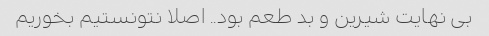
بی نهایت شیرین و بد طعم بود.. اصلا نتونستیم بخوریم